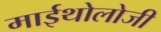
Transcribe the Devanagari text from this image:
माईथोलोजी